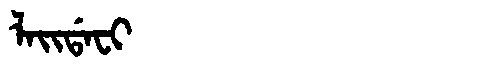
Manchu: ᠯᠠᡳᡩᠠᠸᡳ
Romanization: LAIDAFI